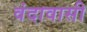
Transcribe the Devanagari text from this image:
वंदावासी